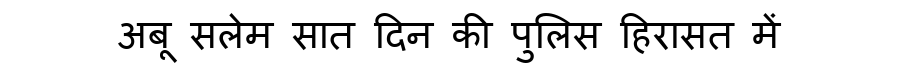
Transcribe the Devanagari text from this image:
अबू सलेम सात दिन की पुलिस हिरासत में